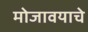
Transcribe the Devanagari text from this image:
मोजावयाचे